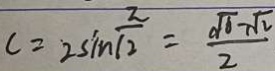
c = 2 \sin \sqrt [ \pi ] { 2 } \frac { \sqrt { 6 } - \sqrt { 2 } } { 2 }